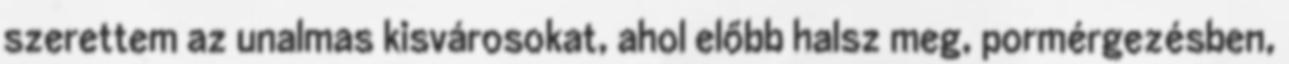
szerettem az unalmas kisvárosokat, ahol előbb halsz meg, pormérgezésben,